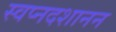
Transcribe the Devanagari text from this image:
स्वप्नदशानन